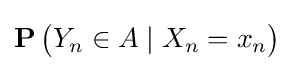
\operatorname {\mathbf {P} } {\bigl (}Y_{n}\in A\mid X_{n}=x_{n}{\bigr )}